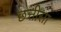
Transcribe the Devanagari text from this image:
छत्तीसा